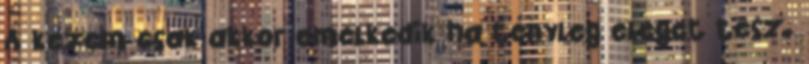
A kezem csak akkor emelkedik ha tényleg eleget tesz.